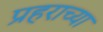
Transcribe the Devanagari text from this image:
प्रहराच्या